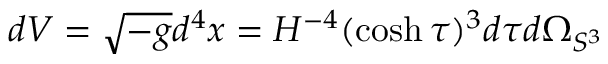
d V = \sqrt { - g } d ^ { 4 } x = H ^ { - 4 } ( \cosh \tau ) ^ { 3 } d \tau d \Omega _ { S ^ { 3 } }